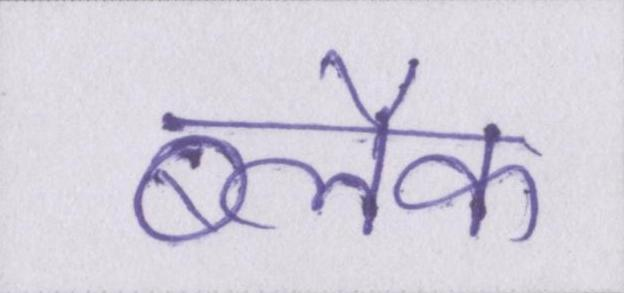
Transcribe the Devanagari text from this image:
ब्लैक